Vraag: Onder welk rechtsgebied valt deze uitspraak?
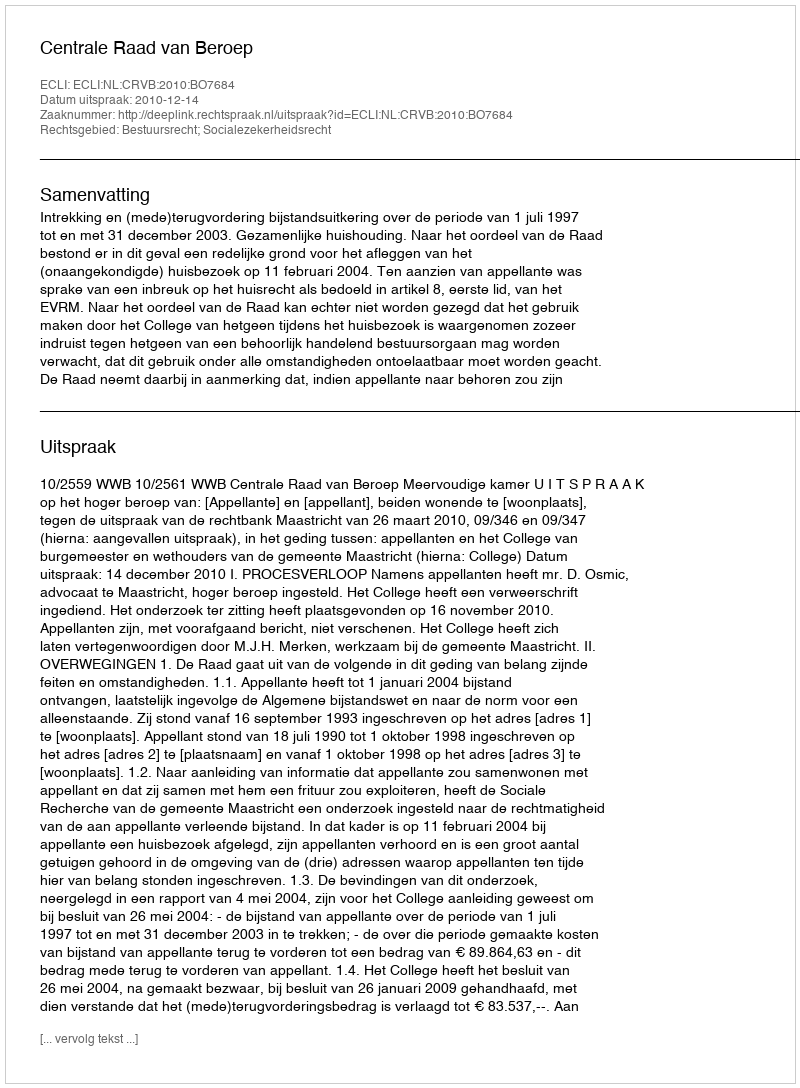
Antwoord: Bestuursrecht; Socialezekerheidsrecht